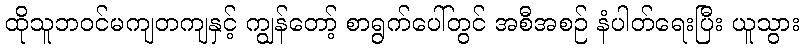
ထိုသူဘဝင်မကျတကျနှင့် ကျွန်တော့် စာရွက်ပေါ်တွင် အစီအစဉ် နံပါတ်ရေးပြီး ယူသွား